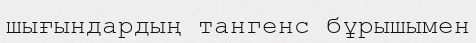
шығындардың тангенс бұрышымен